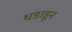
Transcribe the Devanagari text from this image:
धडाडून